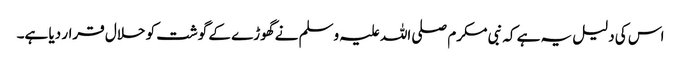
اس کی دلیل یہ ہے کہ نبی مکرم صلی اللہ علیہ وسلم نے گھوڑے کے گوشت کو حلال قرار دیا ہے۔